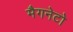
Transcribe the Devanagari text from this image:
मैगनेटो